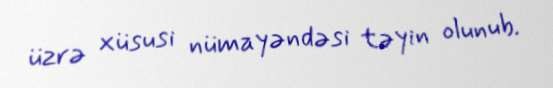
üzrə xüsusi nümayəndəsi təyin olunub.